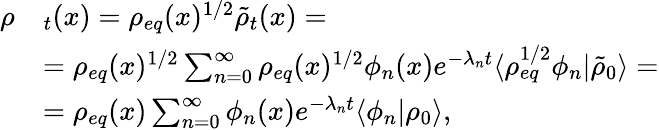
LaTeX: \begin{array}{rl}{\rho}&{_t(x)=\rho_{eq}(x)^{1/2}\tilde{\rho}_{t}(x)=}\\ &{=\rho_{eq}(x)^{1/2}\sum_{n=0}^{\infty}\rho_{eq}(x)^{1/2}\phi_{n}(x)e^{-\lambda_{n}t}\langle\rho_{eq}^{1/2}\phi_{n}\rvert\tilde{\rho}_{0}\rangle=}\\ &{=\rho_{eq}(x)\sum_{n=0}^{\infty}\phi_{n}(x)e^{-\lambda_{n}t}\langle\phi_{n}\rvert\rho_{0}\rangle,}\end{array}